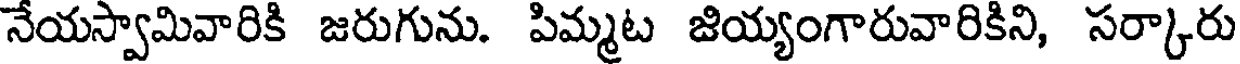
నేయస్వామివారికి జరుగును. పిమ్మట జియ్యంగారువారికిని, సర్కారు